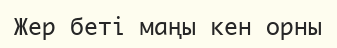
Жер беті маңы кен орны